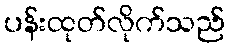
ပန်းထုတ်လိုက်သည်